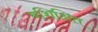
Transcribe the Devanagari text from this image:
बशिक्षित